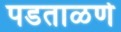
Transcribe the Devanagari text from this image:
पडताळणे